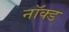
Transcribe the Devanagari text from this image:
नॉक्ड